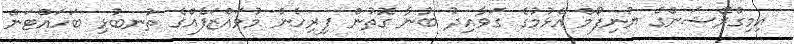
އިމިގްރޭޝަންގެ ޔުނިފޯމް އެޅުމުގެ ގަވާއިދު ބުނާ ގޮތުން ފިރިހެން މުވައްޒަފެއްގެ ތުނބުޅި ބަހައްޓަން